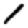
Digit: 1